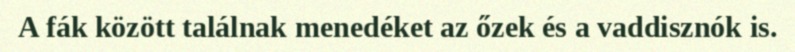
A fák között találnak menedéket az őzek és a vaddisznók is.